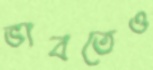
ভাবতেও